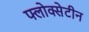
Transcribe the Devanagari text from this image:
फ्लोक्सेटीन